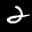
Label: 2